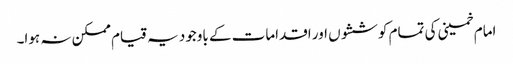
امام خمینی کی تمام کوششوں اور اقدامات کے باوجود یہ قیام ممکن نہ ہوا۔